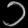
Digit: ၁